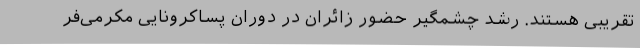
تقریبی هستند. رشد چشمگیر حضور زائران در دوران پساکرونایی مکرمی‌فر